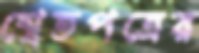
শ্বেতপত্রের